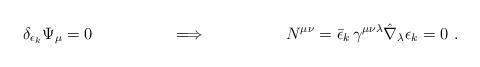
LaTeX: \begin{align*}\delta_{\epsilon_k} \Psi_\mu =0 \hskip 2 cm \Longrightarrow \hskip 2 cmN^{\mu\nu}=\bar\epsilon_k\, \gamma^{\mu\nu\lambda}\hat \nabla _\lambda \epsilon_k =0 \ .\end{align*}